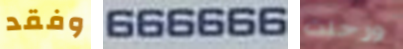
وفقد 666666 ورحلت